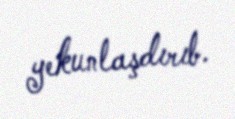
yekunlaşdırıb.